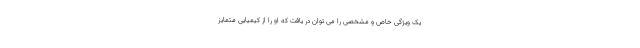
یک ویژگی خاص و مشخصی را می توان در یافت که او را از کیمیایی متمایز